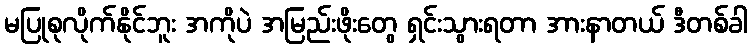
မပြုစုလိုက်နိုင်ဘူး အကိုပဲ အမြည်းဖိုးတွေ ရှင်းသွားရတာ အားနာတယ် ဒီတစ်ခါ